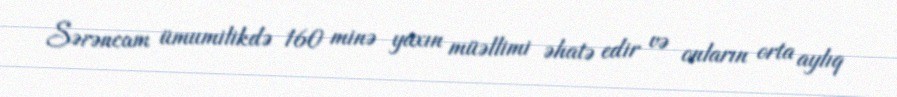
Sərəncam ümumilikdə 160 minə yaxın müəllimi əhatə edir və onların orta aylıq